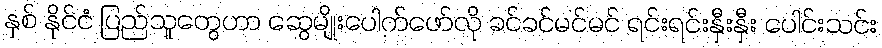
နှစ် နိုင်ငံ ပြည်သူတွေဟာ ဆွေမျိုးပေါက်ဖော်လို ခင်ခင်မင်မင် ရင်းရင်းနှီးနှီး ပေါင်းသင်း